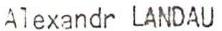
Alexandr LANDAU